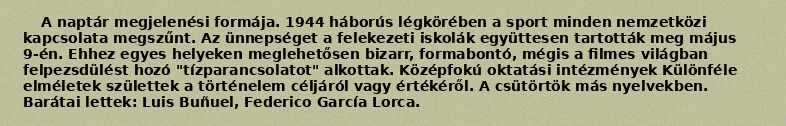
A naptár megjelenési formája. 1944 háborús légkörében a sport minden nemzetközi kapcsolata megszűnt. Az ünnepséget a felekezeti iskolák együttesen tartották meg május 9-én. Ehhez egyes helyeken meglehetősen bizarr, formabontó, mégis a filmes világban felpezsdülést hozó "tízparancsolatot" alkottak. Középfokú oktatási intézmények Különféle elméletek születtek a történelem céljáról vagy értékéről. A csütörtök más nyelvekben. Barátai lettek: Luis Buñuel, Federico García Lorca.